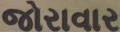
જોરાવાર